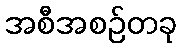
အစီအစဉ်တခု